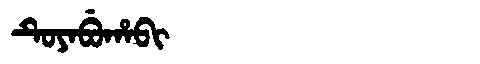
Manchu: ᡨᡠᠶᠠᠪᡠᡥᠠᠪᡳ
Romanization: TUYABUHABI